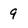
Character: 9